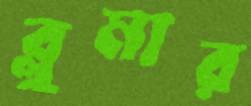
ব্লুমার